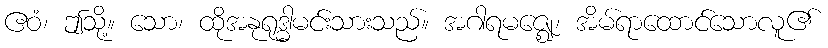
ဧဝံ၊ ဤသို့။ သော၊ ထိုအနုရုဒ္ဓါမင်းသားသည်။ အဂါရမဇ္ဈေ၊ အိမ်ရာထောင်သောလူ၏